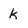
Character: k